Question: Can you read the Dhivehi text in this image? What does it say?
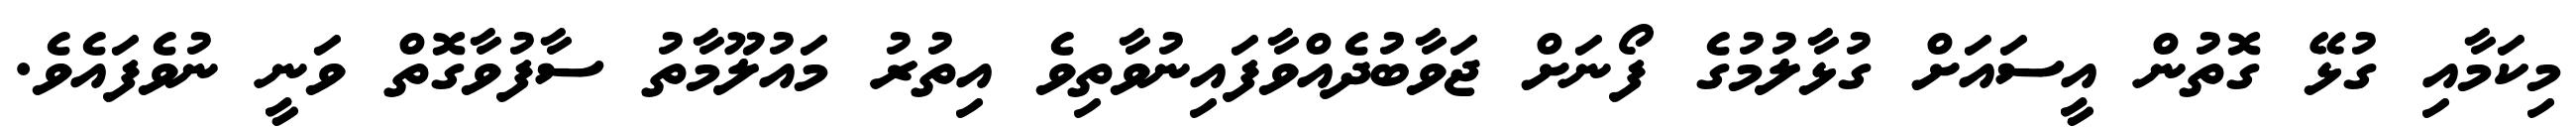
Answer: މިކަމާއި ގުޅޭ ގޮތުން އީސައަށް ގުޅާލުމުގެ ފޯނަށް ޖަވާބުދެއްވާފައިނުވާތިވެ އިތުރު މައުލޫމާތު ސާފުވާގޮތް ވަނީ ނުވެފައެވެ.